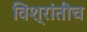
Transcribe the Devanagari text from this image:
विश्रांतीच